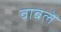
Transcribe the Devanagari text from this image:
वाबले